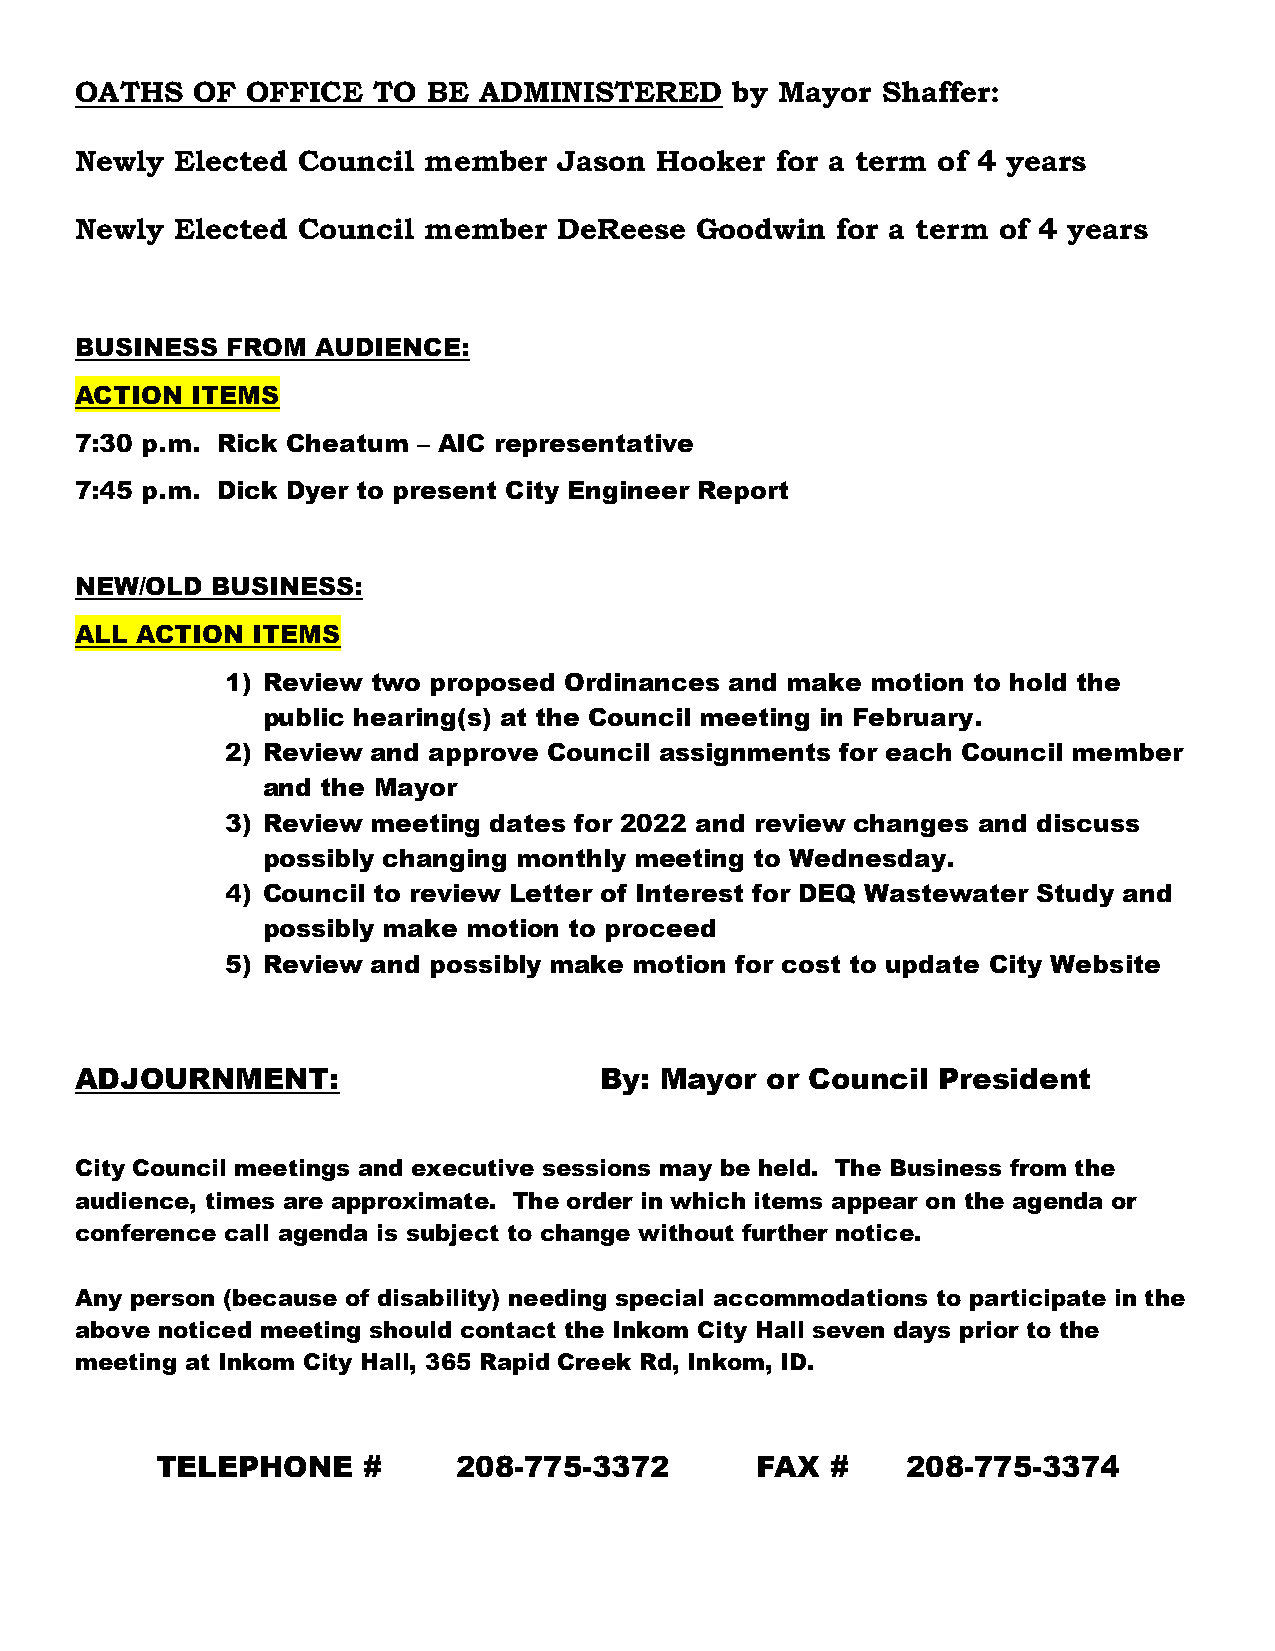
OATHS   OF OFFICE   TO BE  ADMINISTERED    by Mayor  Shaffer:
 Newly  Elected Council member   Jason Hooker  for a term of 4 years
 Newly  Elected Council member   DeReese  Goodwin  for a term of 4 years
 BUSINESS  FROM  AUDIENCE:
 ACTION  ITEMS
 7:30 p.m. Rick Cheatum – AIC representative
 7:45 p.m. Dick Dyer to present City Engineer Report
 NEW/OLD  BUSINESS:
 ALL ACTION  ITEMS
 1) Review two proposed Ordinances and make motion to hold the
 public hearing(s) at the Council meeting in February.
 2) Review and approve Council assignments for each Council member
 and the Mayor
 3) Review meeting dates for 2022 and review changes and discuss
 possibly changing monthly meeting to Wednesday.
 4) Council to review Letter of Interest for DEQ Wastewater Study and
 possibly make motion to proceed
 5) Review and possibly make motion for cost to update City Website
 ADJOURNMENT:                       By: Mayor  or Council President
 City Council meetings and executive sessions may be held. The Business from the
 audience, times are approximate. The order in which items appear on the agenda or
 conference call agenda is subject to change without further notice.
 Any person (because of disability) needing special accommodations to participate in the
 above noticed meeting should contact the Inkom City Hall seven days prior to the
 meeting at Inkom City Hall, 365 Rapid Creek Rd, Inkom, ID.
 TELEPHONE     #     208-775-3372        FAX  #    208-775-3374